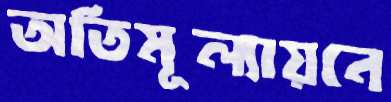
অতিমূল্যায়নে